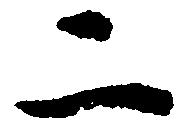
二